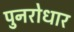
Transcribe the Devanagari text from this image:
पुनरोधार